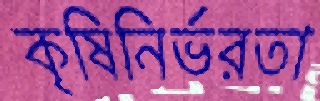
কৃষিনির্ভরতা